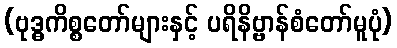
(ဗုဒ္ဓကိစ္စတော်များနှင့် ပရိနိဗ္ဗာန်စံတော်မူပုံ)